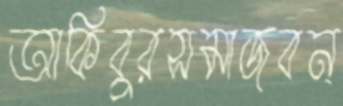
আকিবুরসমাজবন্